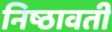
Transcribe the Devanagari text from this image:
निष्ठावती